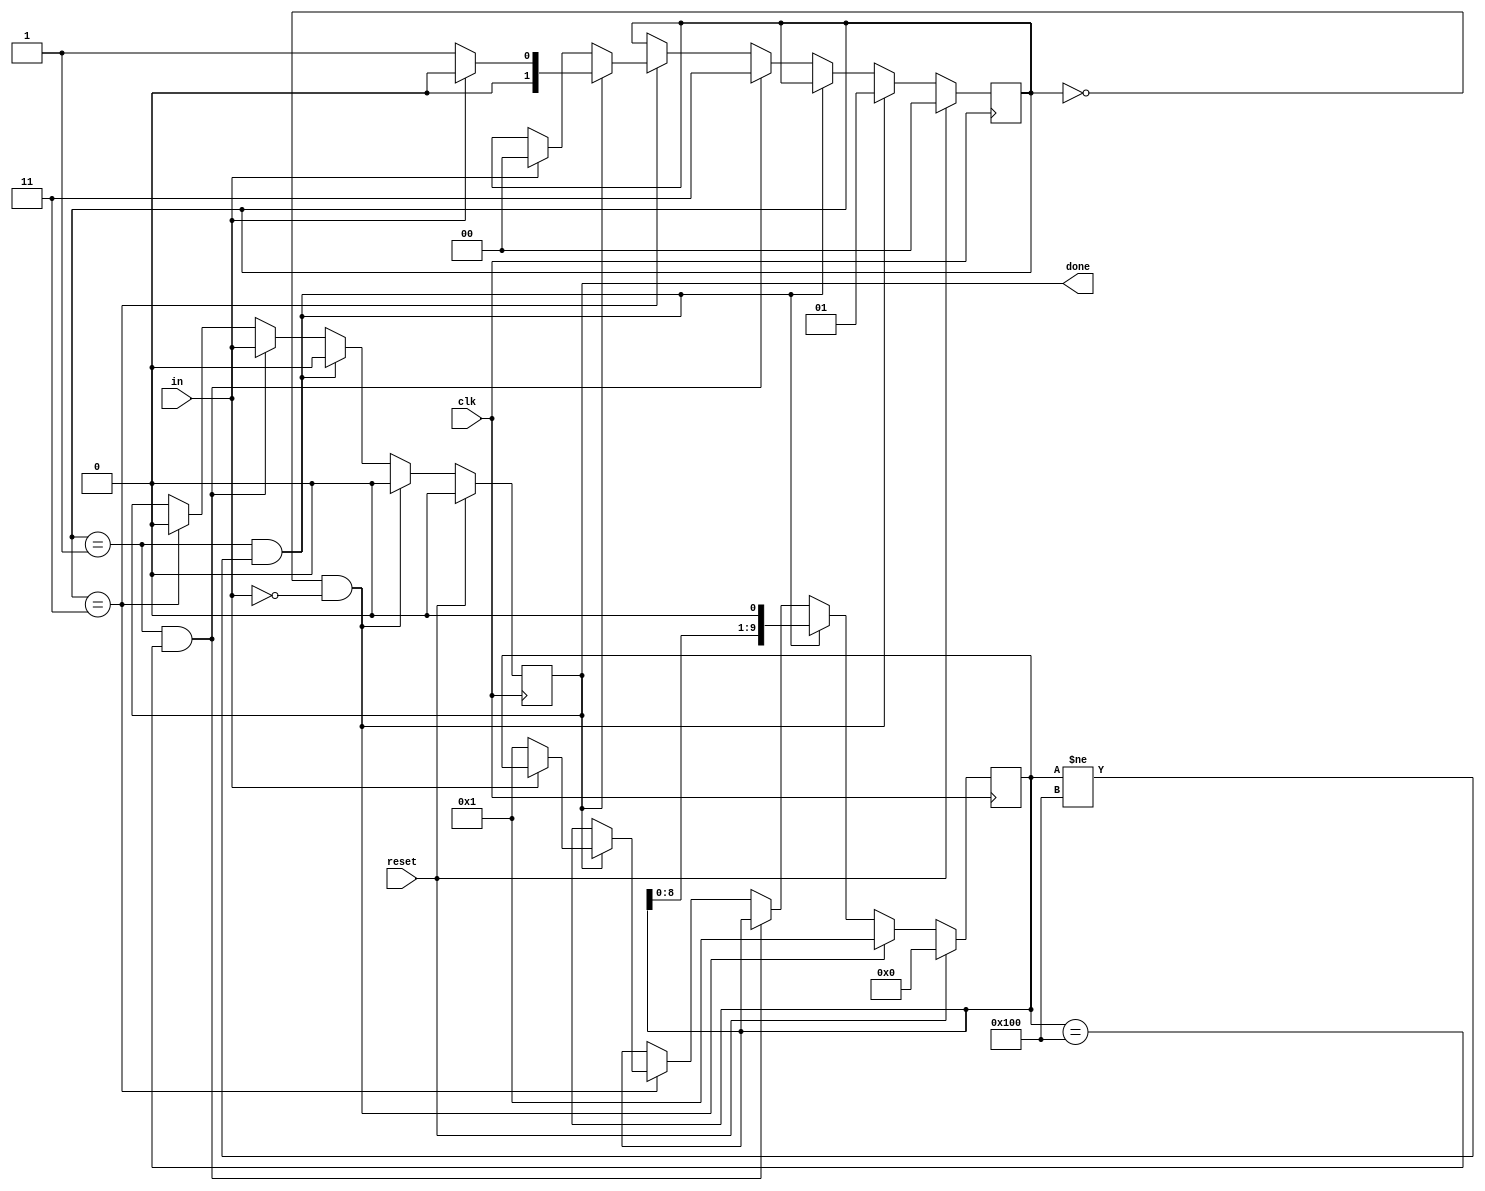
module top_module (
    input clk,
    input in,
    input reset,
    output done
);
reg [3:0]cnt = 4'b0000;
reg [1:0]state = 2'b00; // 00 idle
                        // 01 start
                        // 11 stop
reg done_t = 1'b0;
reg [9:0]shift_reg=0;
always @(posedge clk) begin
    if(reset) begin
        state <= 2'b00;
        cnt <= 4'b0000;
        done_t <= 1'b0;
        shift_reg <= 10'b0_0000_0000;
    end
    else begin
        if(state == 2'b00 && in == 1'b0) begin
            state<= 2'b01;
            cnt <= 4'b0000;
            done_t <= 1'b0;
            shift_reg <= 9'b0_0000_0001;
        end
        else if(state == 2'b01 && shift_reg != 10'b01_0000_0000) begin
            done_t <= 1'b0;
            cnt <= cnt + 4'b0001;
            shift_reg <= shift_reg << 1;
        end
        else if(state == 2'b01 && shift_reg == 10'b01_0000_0000) begin
            done_t <= in;
            state <= 2'b11;
        end
        else if(state == 2'b11) begin
            if(done_t == 1'b1) begin
                if(in == 1'b0 ) begin
                    state <= 2'b01;
                    cnt <= 4'b0000;
                    shift_reg <= 10'b00_0000_0001;
                end
                else begin 
                    state <= 2'b00;
                end
                done_t <= 1'b0;
            end
            else begin
                if(in == 1'b1) begin
                    state <= 2'b00;
                end
            end 
            
        end
    end
end

assign done = done_t;
endmodule